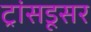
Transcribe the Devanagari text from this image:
ट्रांसडूसर